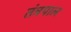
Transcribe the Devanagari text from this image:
तंत्रपाल